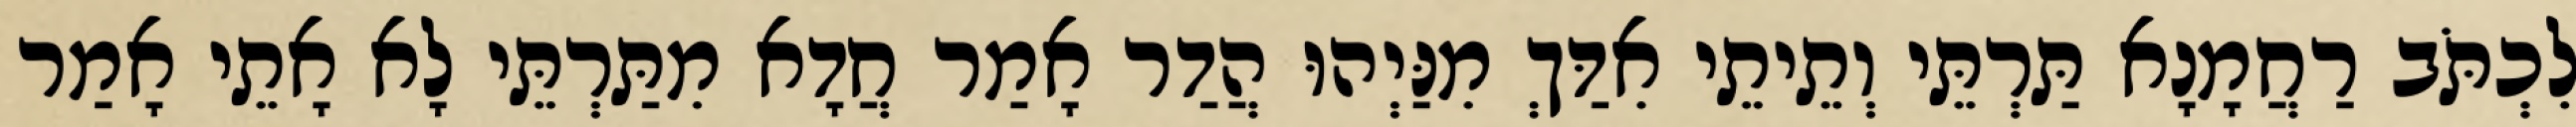
לִכְתֹּב רַחֲמָנָא תַּרְתֵּי וְתֵיתֵי אִדַּךְ מִנַּיְהוּ הֲדַר אָמַר חֲדָא מִתַּרְתֵּי לָא אָתֵי אָמַר